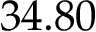
3 4 . 8 0